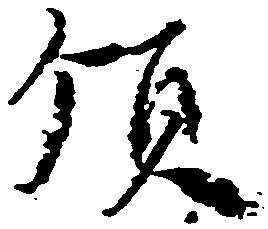
領